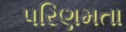
પરિણમતા